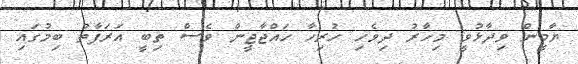
ޔާމީން ވިދާޅުވީ މިހާރު ދިވެހި ހުރިހާ ހައްޖާޖީން ވެސް ތިބީ އަރަފާތު ބިމުގައި